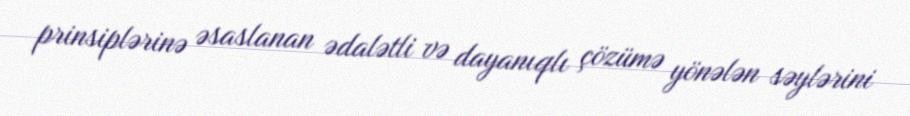
prinsiplərinə əsaslanan ədalətli və dayanıqlı çözümə yönələn səylərini